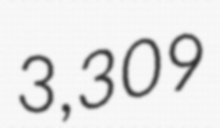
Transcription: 3,309